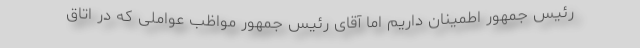
رئیس جمهور اطمینان داریم اما آقای رئیس جمهور مواظب عواملی که در اتاق